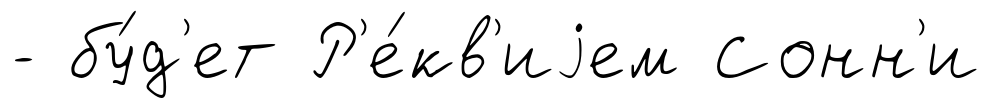
- бу́д'ет Р'е́кв'иjем Сонн'и